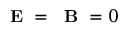
\mathrm { ~ \bf ~ E ~ } = \mathrm { ~ \bf ~ B ~ } = 0